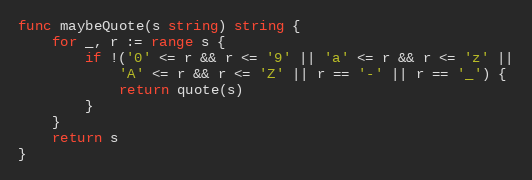
Language: Go
func maybeQuote(s string) string {
	for _, r := range s {
		if !('0' <= r && r <= '9' || 'a' <= r && r <= 'z' ||
			'A' <= r && r <= 'Z' || r == '-' || r == '_') {
			return quote(s)
		}
	}
	return s
}